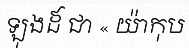
ឡុងដ៍ ជា « យ៉ាកុប